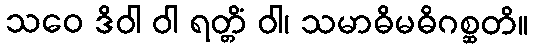
သဝေ ဒိဝါ ဝါ ရတ္တိံ ဝါ၊ သမာဓိမဓိဂစ္ဆတိ။